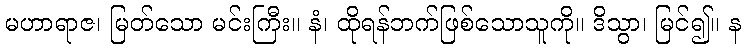
မဟာရာဇ၊ မြတ်သော မင်းကြီး။ နံ၊ ထိုရန်ဘက်ဖြစ်သောသူကို။ ဒိသွာ၊ မြင်၍။ န